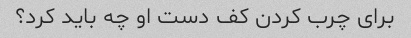
برای چرب کردن کف دست او چه باید کرد؟